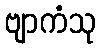
ဗျာကံသု